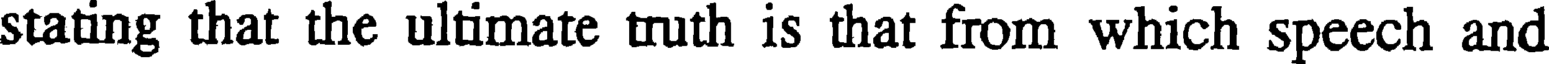
stating that the ultimate truth is that from which speech and